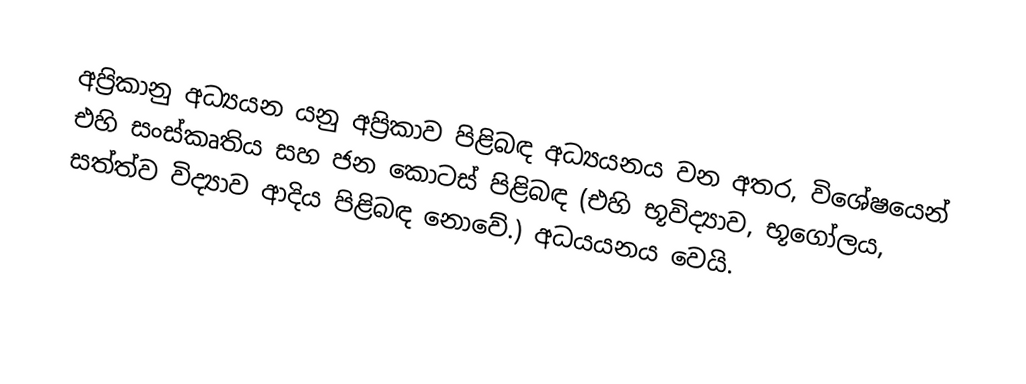
අප‍්‍රිකානු අධ්‍යයන යනු අප්‍රිකාව පිළිබඳ අධ්‍යයනය වන අතර, විශේෂයෙන් එහි සංස්කෘතිය සහ ජන කොටස් පිළිබඳ (එහි භූවිද්‍යාව, භූගෝලය, සත්ත්ව විද්‍යාව ආදිය පිළිබඳ නොවේ.) අධයයනය වෙයි.